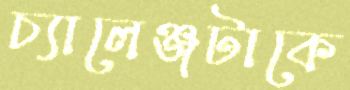
চ্যালেঞ্জটাকে